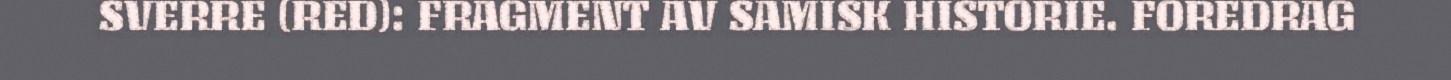
SVERRE (RED): FRAGMENT AV SAMISK HISTORIE. FOREDRAG